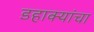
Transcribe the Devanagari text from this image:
डहाक्यांचा